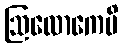
ဩလောကေမိ